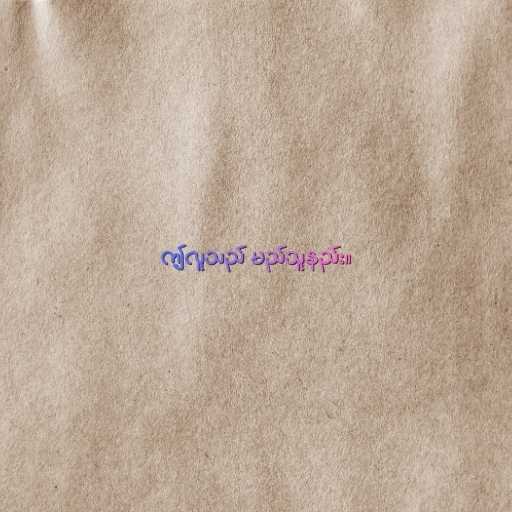
ဤလူသည် မည်သူနည်း။